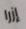
إزرا